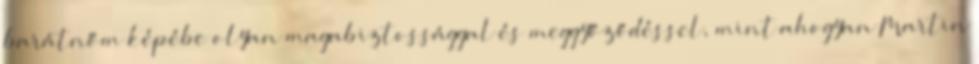
barátnőm képébe olyan magabiztossággal és meggyőződéssel, mint ahogyan Martin